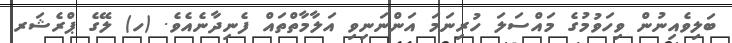
ބަލިވެއިނުން ވިހަވުމުގެ މައްސަލަ ހުރިނަމަ އަންނަނިވި އަލާމާތްތައް ފެނިދާނެއެވެ. (ހ) ލޭގެ ޕްރެޝަރ